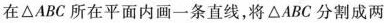
在△ABC所在平面内画一条直线，将△ABC分割成两